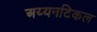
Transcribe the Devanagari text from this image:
अय्यनटिकल